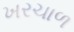
ખરચાળ